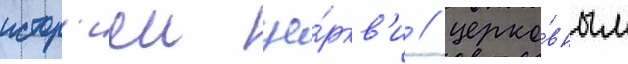
истор'иеи це́ркв'и / церко́вным